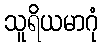
သူရိယမာဂုံ